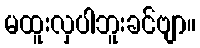
မထူးလှပါဘူးခင်ဗျာ။